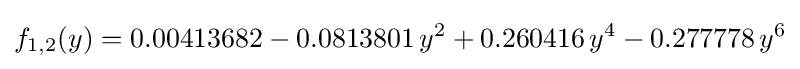
f_{1,2}(y)=0.00413682-0.0813801\,y^{2}+0.260416\,y^{4}-0.277778\,y^{6}